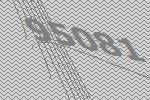
95081